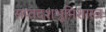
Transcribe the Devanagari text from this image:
सप्तदशभूमिशास्त्र